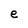
Character: e